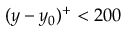
( y - y _ { 0 } ) ^ { + } < 2 0 0